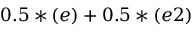
0 . 5 * ( e ) + 0 . 5 * ( e 2 )